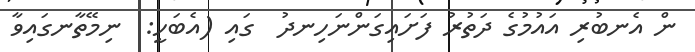
ން އެނބުރި އައުމުގެ ދަތުރު ފަށައިގަންނަހިނދު  ގައި (އެބަހީ:  ނިމޭތާނގައިވާ